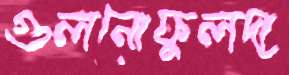
গুলনোফুলদা